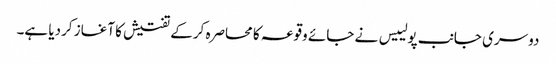
دوسری جانب پولییس نے جائے وقوعہ کا محاصرہ کرکے تفتیش کا آغاز کردیا ہے۔